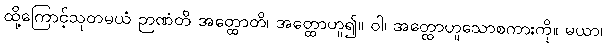
ထို့ကြောင့်သုတမယံ ဉာဏံတိ အတ္ထောတိ၊ အတ္ထောဟူ၍။ ဝါ၊ အတ္ထောဟူသောစကားကို။ မယာ၊